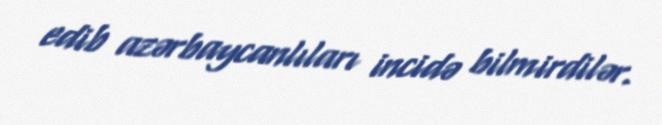
edib azərbaycanlıları incidə bilmirdilər.